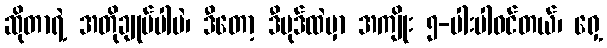
ဆိုတာရဲ့ အတိုချုပ်ပါပဲ၊ ဒီတော့ ဒီပုဒ်ထဲမှာ အကျိုး ၅-ပါးပါဝင်တယ်၊ ရှေ့